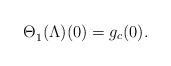
LaTeX: \begin{align*}\Theta^{}_1 (\Lambda)(0) &=g_c(0).\end{align*}